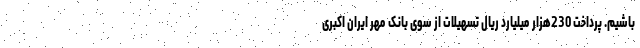
باشیم. پرداخت 230هزار میلیارد ریال تسهیلات از سوی بانک مهر ایران اکبری